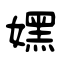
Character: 嫼